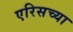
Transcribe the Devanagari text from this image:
एरिसच्या